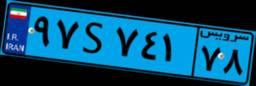
۹۷S۷۴۱۷۸